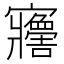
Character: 𡬋